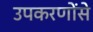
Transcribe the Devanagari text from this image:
उपकरणोंसे